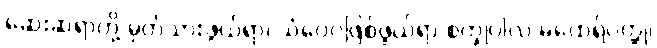
ဆေးဆရာတို့ မှတ်သားဖွယ်ရာ၊ သံဝေဂဖြစ်ဖွယ်ရာ စက္ခုပါလ မထေရ်ဝတ္ထု၊